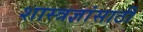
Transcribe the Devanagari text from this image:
शास्त्रज्ञांसाठी